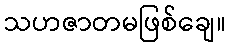
သဟဇာတမဖြစ်ချေ။